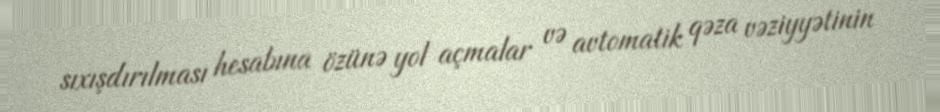
sıxışdırılması hesabına özünə yol açmalar və avtomatik qəza vəziyyətinin